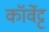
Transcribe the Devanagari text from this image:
कॉर्वेट्ट